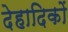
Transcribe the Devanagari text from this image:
देहादिकों